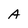
Character: A